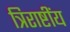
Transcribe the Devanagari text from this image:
त्रिराष्टींय